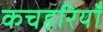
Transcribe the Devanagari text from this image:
कचहरियाँ